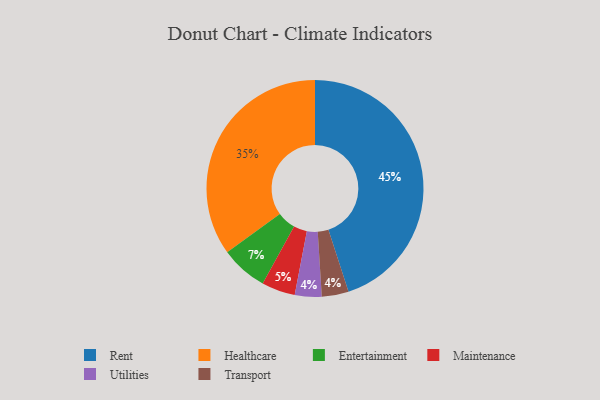
{"axis": {"x": "Category", "y": "Percentage"}, "legend": ["Entertainment", "Healthcare", "Maintenance", "Rent", "Transport", "Utilities"], "data": [{"x": "Entertainment", "y": 7, "type": "Entertainment"}, {"x": "Rent", "y": 45, "type": "Rent"}, {"x": "Maintenance", "y": 5, "type": "Maintenance"}, {"x": "Utilities", "y": 4, "type": "Utilities"}, {"x": "Transport", "y": 4, "type": "Transport"}, {"x": "Healthcare", "y": 35, "type": "Healthcare"}]}